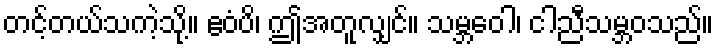
တင့်တယ်သကဲ့သို့။ ဧဝံပိ၊ ဤအတူလျှင်။ သမ္ဘဝေါ၊ ငါညီသမ္ဘဝသည်။